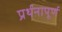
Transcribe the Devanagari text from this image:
प्रर्थनापूर्ण